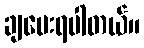
ချပေးရပါတယ်။